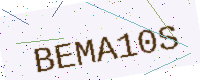
Text: BEMA10S